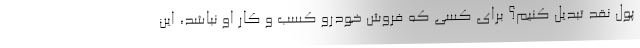
پول نقد تبدیل کنیم؟ برای کسی که فروش خودرو کسب و کار او نباشد، این